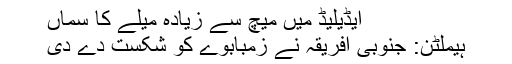
ایڈیلیڈ میں میچ سے زیادہ میلے کا سماں
ہیملٹن: جنوبی افریقہ نے زمبابوے کو شکست دے دی